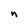
Character: n